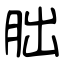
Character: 胐